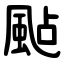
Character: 颭